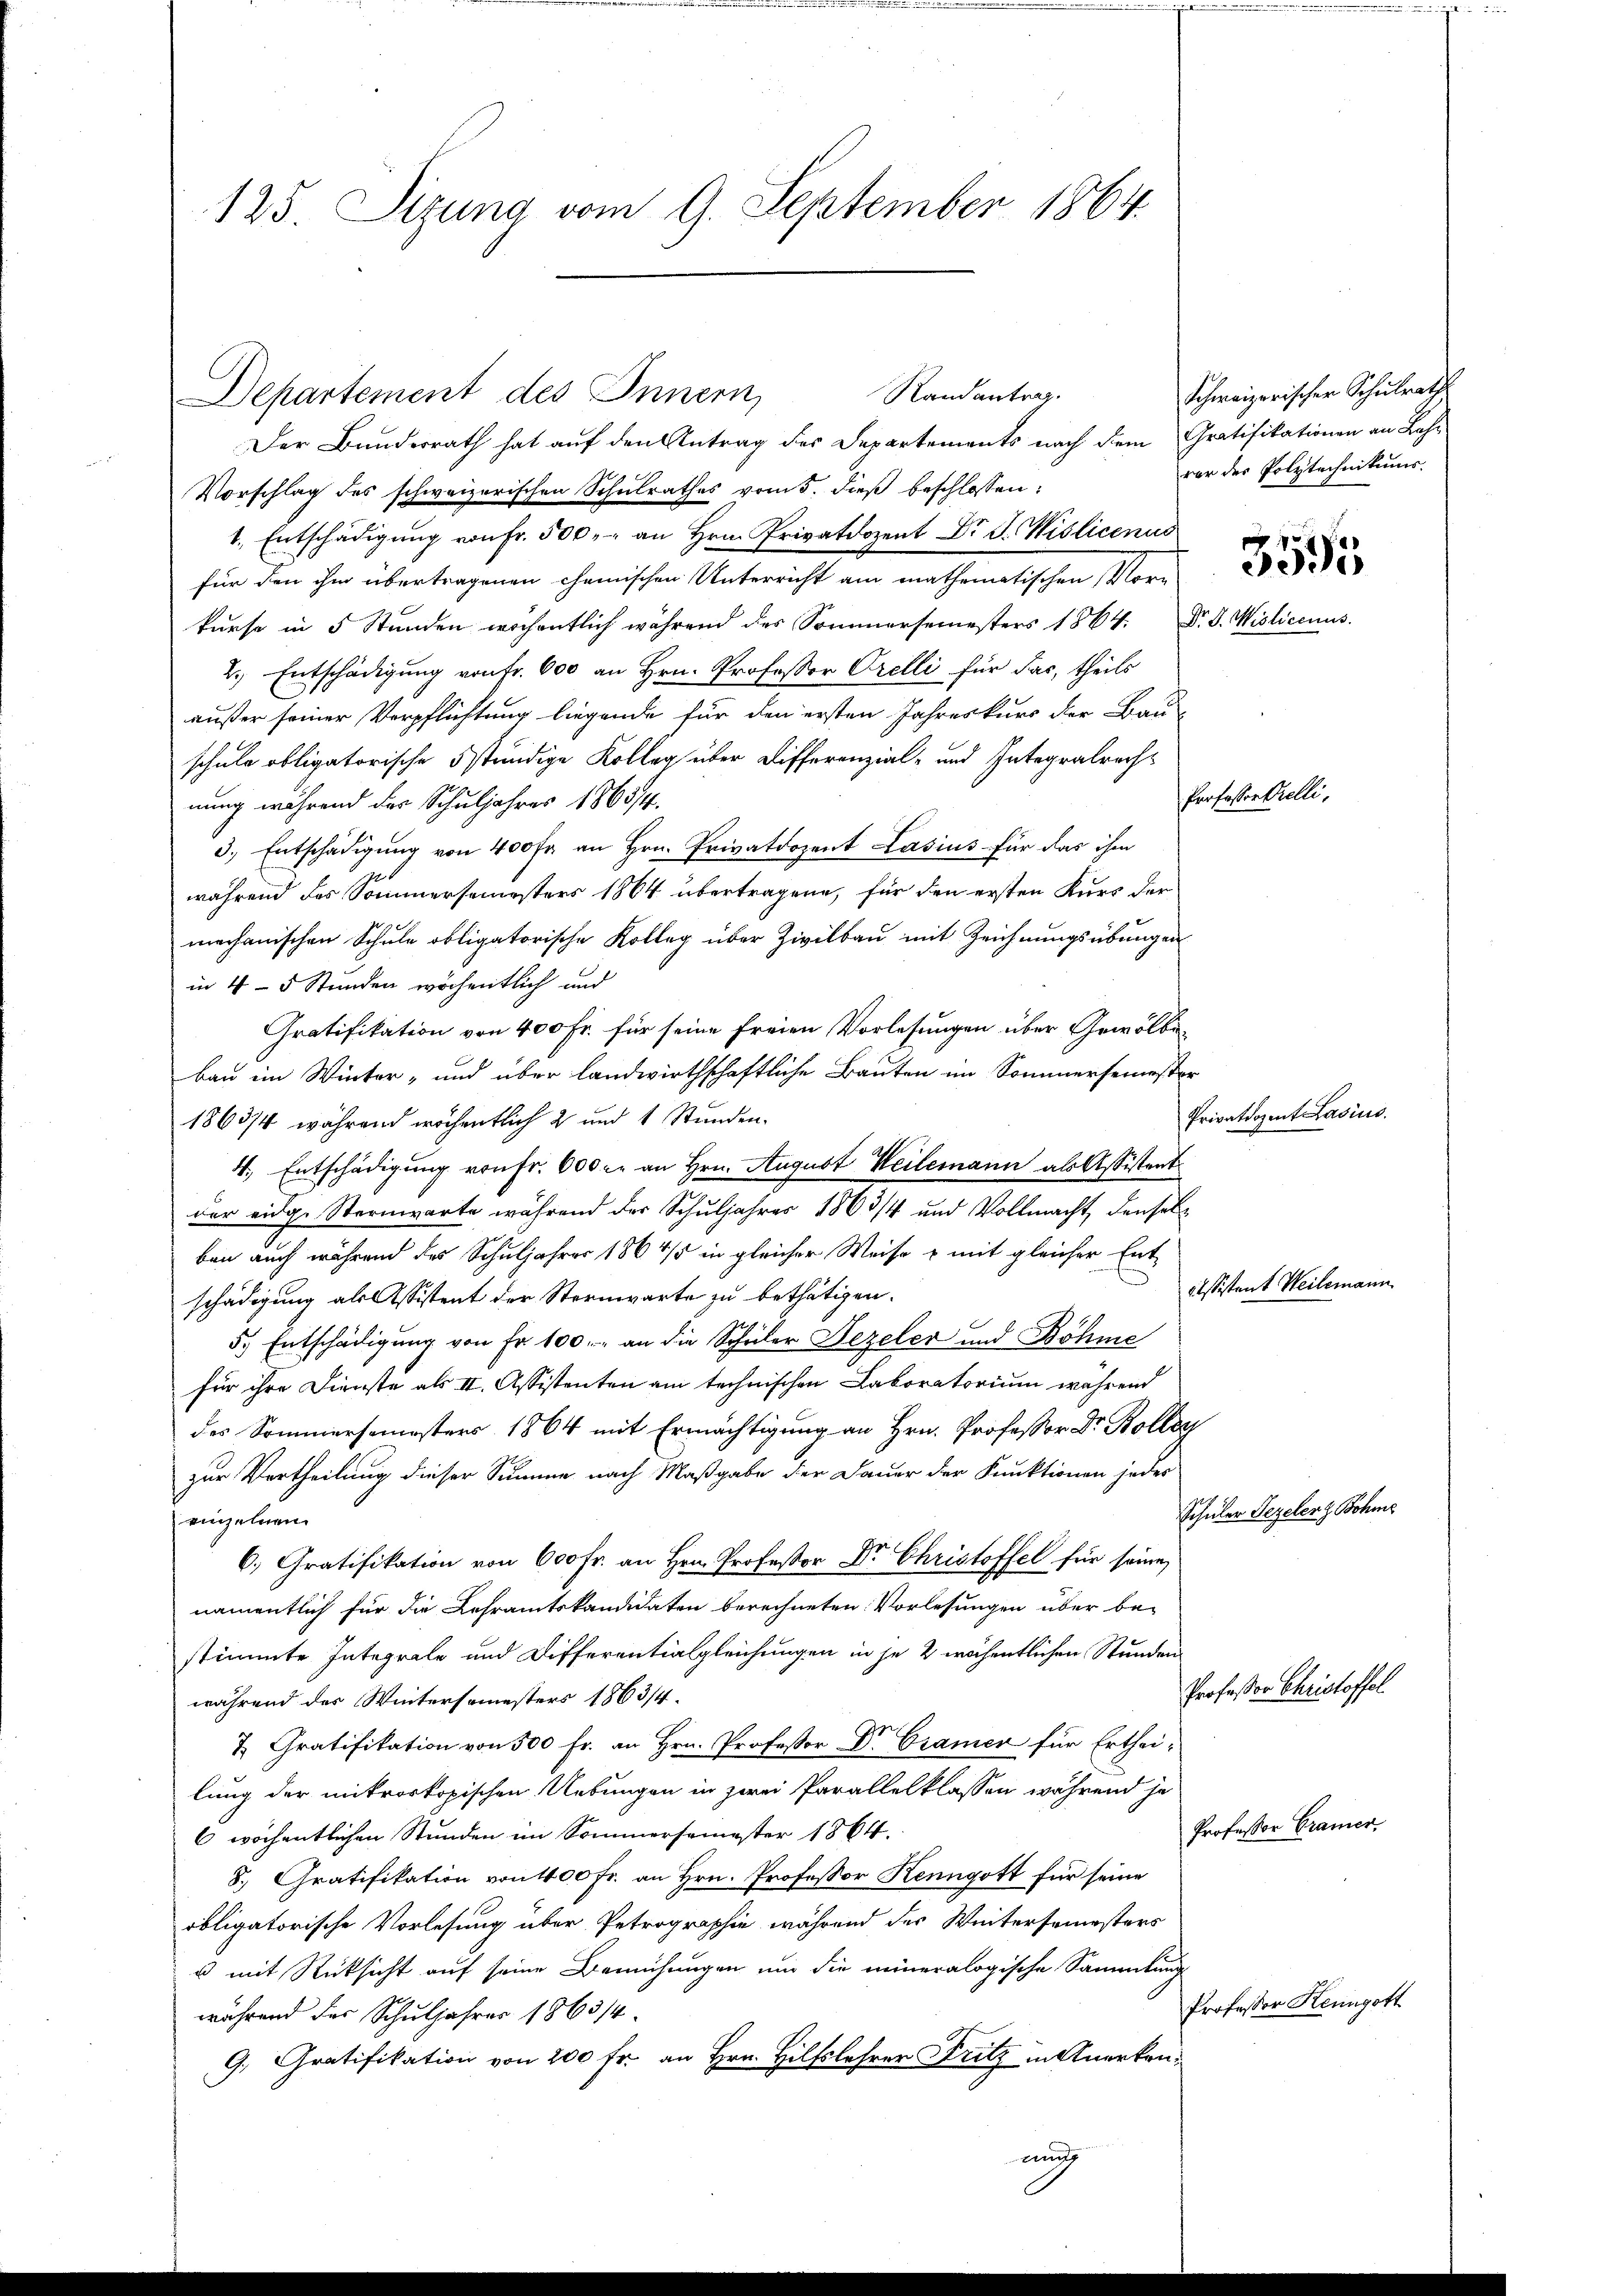
125. Sizung vom 9. September 1864.

Der Bundesrath hat auf den Antrag des Departements nach dem Gratifikationen an Lah-
Vorschlag des schweizerischen Schulrathes vom 5. dieß beschlossen:
1. Entschädigŭng von Fr. 500. an Hrn. Privatdozent Dr. F. Vislicenus
für den ihm übertragenen chemischen Unterricht am mathematischen Vorkurse in 5 Stunden wöchentlich während des Sommersemesters 1864. d. d. Wislicenus.
2.) Entschädigung von Fr. 600 an Hrn. Professor Orelli für das, theils
außer seiner Verpflichtung liegende für den ersten Jahreskurs der Bau-
schule obligatorische ständige Kolleg über Differenzial- und Integralrechnung während der Schuljahres 1863/4.
3.) Entschädigung von 400 fr. an Hrn. Privatdozent Lasius für das ihm
während des Sommersemesters 1864 übertragene, für den ersten Kurs der
mechanischen Schule obligatorische Kolleg über Zivilbau mit Zeichnungsübungen
in 4 - 5 Stunden wöchentlich und
Gratifikation von 400 Fr. für seine freien Vorlesungen über Gewölbebau im Winter- und über landwirthschaftliche Bauten im Sommersemester
186374, während wöchentlich 2 und 1 Stunden.
4. Entschädigung von Fr. 600 r. an Hrn. August Weilemann als Assistent
der eidge Sternwarte während der Schuljahres 1863/4 und Vollmacht, denselben auch während des Schuljahres 1864/5 in gleicher Weise u mit gleicher Ent-
schädigung als Assistent der Sternwarte zu bethätigen.
5.) Entschädigung von Fr. 100. an die Schüler Bezeler und Böhme
für ihre Dienste als II. Assistenten am technischen Laboratorium während
des Sommersemesters 1864 mit Ermächtigung an Hrn. Professor Dr. Rollen
zur Vertheilung dieser Summe nach Maßgabe der Dauer der Funktionen jedes
einzelnen
6.) Gratifikation von 600 fr. an Hrn. Professor Dr. Christoffel für seine
namentlich für die Lehramtskandidaten berechneten Vorlesungen über bestimmte Integrale und Differentialgleichungen in je 2 wöchentlichen Stunden
während des Wintersemesters 1863/4.
7. Gratifikation von 500 fr. an Hrn. Professor Dr. Cramer für Ertheilung der mikroskopischen Uebungen in zwei Parallelklassen während je
6 wöchentlichen Stunden im Sommersemester 1864.
8. Gratifikation von 400 fr. an Hrn. Professor Kenngott für seine
obligatorische Vorlesung über Petrographie während der Wintersemesters
u mit Rücksicht auf seine Bemühungen um die mineralogische Sammlung
während des Schuljahres 1863/4.
G. Gratifikation von 200 Fr. an Hrn. Hilfslehrer Fritz in Anerken¬

Randantrag.
Departement des Innern,

nung

Schweizerischer Schulrath
vor der Polytechnikums.
3595

Professor Orelli,

Privatdozent Lasius.

Cessistent Weilemann

Schüler Bezelenz Bohnes

Professor Christoffel

Professor Cramer.

Professor Kenngott